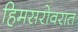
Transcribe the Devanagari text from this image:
हिमसरोवरात